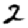
Digit: 2